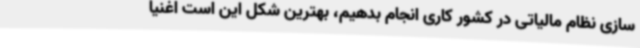
سازی نظام مالیاتی در کشور کاری انجام بدهیم، بهترین شکل این است اغنیا